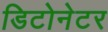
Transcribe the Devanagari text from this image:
डिटोनेटर